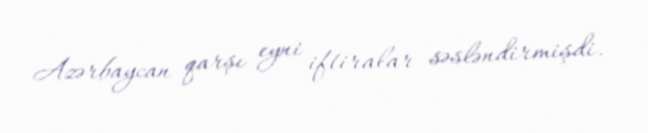
Azərbaycan qarşı eyni iftiralar səsləndirmişdi.